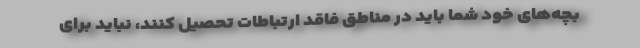
بچه‌های خود شما باید در مناطق فاقد ارتباطات تحصیل کنند، نباید برای